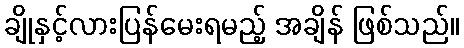
ချိုနှင့်လားပြန်မေးရမည့် အချိန် ဖြစ်သည်။